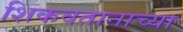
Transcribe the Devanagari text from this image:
शिकवतानाच्या